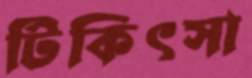
টিকিৎসা